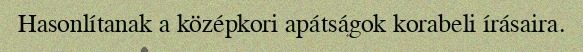
Hasonlítanak a középkori apátságok korabeli írásaira.